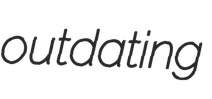
outdating